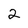
Character: 2